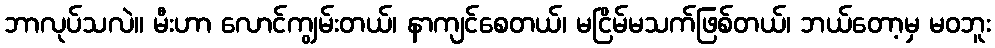
ဘာလုပ်သလဲ။ မီးဟာ လောင်ကျွမ်းတယ်၊ နာကျင်စေတယ်၊ မငြိမ်မသက်ဖြစ်တယ်၊ ဘယ်တော့မှ မဝဘူး